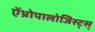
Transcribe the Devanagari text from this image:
ऐंथ्रोपालोजिस्ट्स्